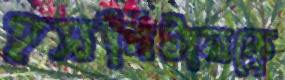
হসপিটালকে